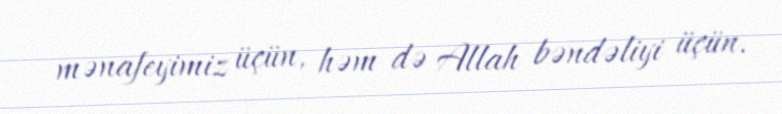
mənafeyimiz üçün, həm də Allah bəndəliyi üçün.